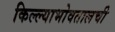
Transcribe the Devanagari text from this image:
किल्ल्याभोवतालची